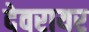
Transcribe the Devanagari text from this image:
देवरायर